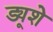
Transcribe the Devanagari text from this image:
ड्यूशे